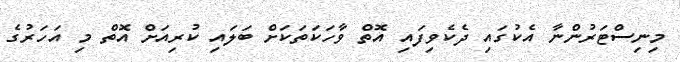
މިނިސްޓަރުންނާ އެކުގައި ދެކެވިފައި އޮތް ވާހަކަތަކަށް ބަލައި ކުރިއަށް އޮތް މި އަހަރުގެ